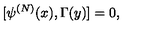
[ \psi ^ { ( N ) } ( x ) , \Gamma ( y ) ] = 0 ,